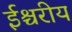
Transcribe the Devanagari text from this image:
ईश्चरीय